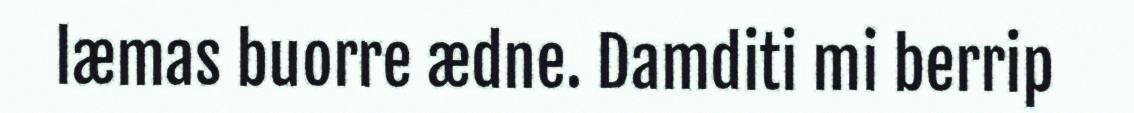
læmas buorre ædne. Damditi mi berrip